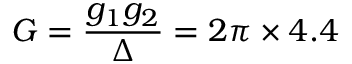
G = \frac { g _ { 1 } g _ { 2 } } { \Delta } = 2 \pi \times 4 . 4